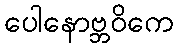
ပေါနောဗ္ဘဝိကေ